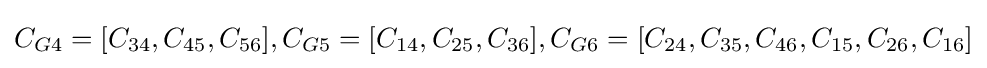
C_{G4}=[C_{34},C_{45},C_{56}],C_{G5}=[C_{14},C_{25},C_{36}],C_{G6}=[C_{24},C_{35},C_{46},C_{15},C_{26},C_{16}]